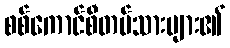
စစ်ကောင်စီတပ်သားများ၏